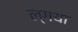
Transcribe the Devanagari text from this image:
ल्गया